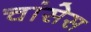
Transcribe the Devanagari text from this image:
चांसेस